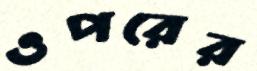
ওপরের